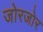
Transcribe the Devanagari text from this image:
जोरजोर